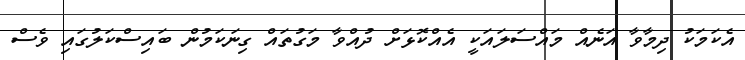
އެކަމަކު ދިމާވާ އަނެއް މައްސަލައަކީ އެއްކޮޅަށް ދުއްވާ މަގުތައް ގިނަކަމުން ބައިސްކަލުގައި ވެސް